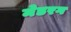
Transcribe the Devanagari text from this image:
मेडरग